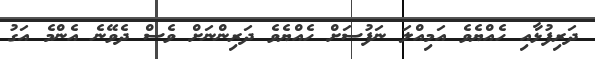
ދަރިފުޅާއި ހެއްޔެވެ އަމިއްލަ ނަފުސަށް ހެއްޔެވެ ދަރިންނަށް ވެސް ދެވޭނެ އެންމެ އަގު